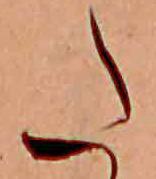
た